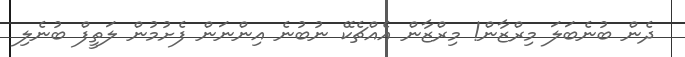
ދެން ބުނެބަލަ މިރްޒާން! މިރްޒާން އެއްޗެކޭ ނުބުނެ އިންނަން ފެށުމުން ލަތީފް ބުނެލި